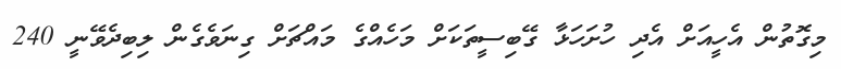
މިގޮތުން އެހީއަށް އެދި ހުށަހަޅާ ގޭބިސީތަކަށް މަހެއްގެ މައްޗަށް ގިނަވެގެން ލިބިދެވޭނީ 240